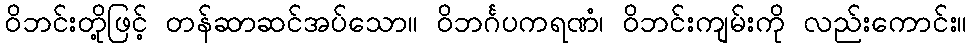
ဝိဘင်းတို့ဖြင့် တန်ဆာဆင်အပ်သော။ ဝိဘင်္ဂပကရဏံ၊ ဝိဘင်းကျမ်းကို လည်းကောင်း။